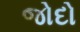
જોદો